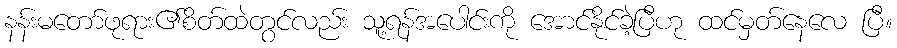
နန်းမတော်ဖုရား၏စိတ်ထဲတွင်လည်း သူ့ရန်အပေါင်းကို အောင်နိုင်ခဲ့ပြီဟု ထင်မှတ်နေလေ ပြီ။